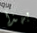
بهذا